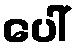
ပေါ်